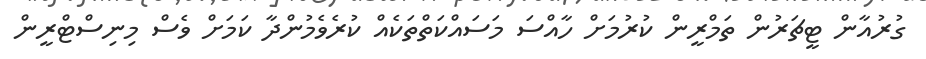
ގުރުއާން ޓީޗަރުން ތަމްރީން ކުރުމަށް ހާއްސަ މަސައްކަތްތަކެއް ކުރެެވެމުންދާ ކަމަށް ވެސް މިނިސްޓްރީން